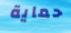
حماية